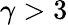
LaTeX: \gamma>3